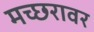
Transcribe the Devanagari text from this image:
मच्छरावर